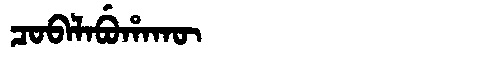
Manchu: ᠴᠣᠪᠠᠯᠠᠪᡠᡥᠠᡴᡡ
Romanization: COBALABUHAKŪ